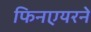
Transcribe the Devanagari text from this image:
फिनएयरने